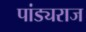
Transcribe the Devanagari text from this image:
पांड्यराज